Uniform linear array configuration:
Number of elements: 16
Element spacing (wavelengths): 1
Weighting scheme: blackman
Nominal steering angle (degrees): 0
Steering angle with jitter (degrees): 1.73
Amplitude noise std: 0.05
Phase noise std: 0.05

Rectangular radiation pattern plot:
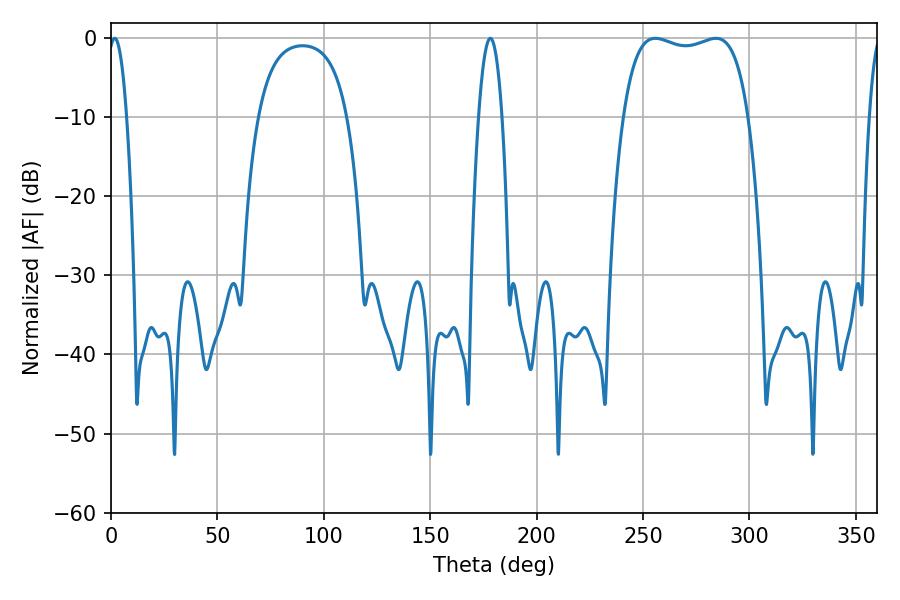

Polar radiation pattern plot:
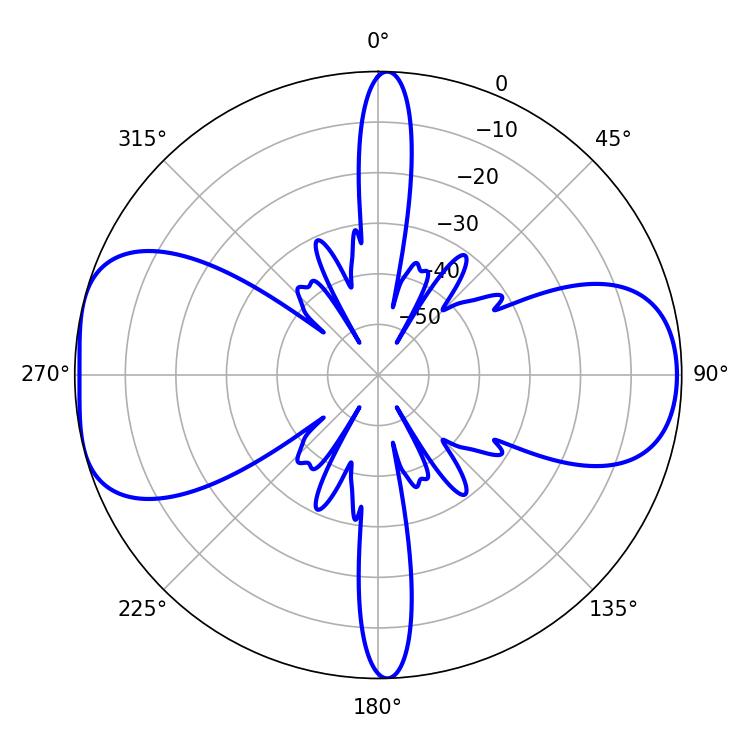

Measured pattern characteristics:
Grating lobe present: TRUE
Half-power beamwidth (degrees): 47.52
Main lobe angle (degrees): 255.78